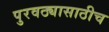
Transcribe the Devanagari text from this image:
पुरवठ्यासाठीच